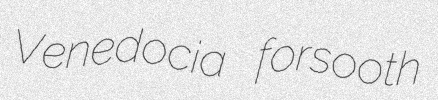
Venedocia forsooth